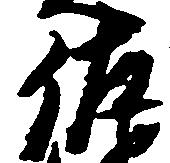
佐